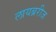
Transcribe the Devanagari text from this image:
लायब्ररीज